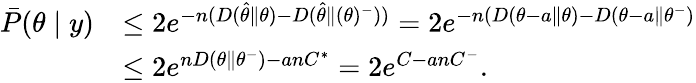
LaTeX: \begin{array}{rl}{\bar{P}(\theta\mid y)}&{\leq 2e^{-n(D(\hat{\theta}\| \theta)-D(\hat{\theta}\| (\theta)^{-}))}=2e^{-n(D(\theta-a\| \theta)-D(\theta-a\| \theta^{-})}}\\ &{\leq 2e^{nD(\theta\| \theta^{-})-anC^{*}}=2e^{C-anC^{-}}.}\end{array}